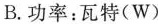
B.功率：瓦特(W)